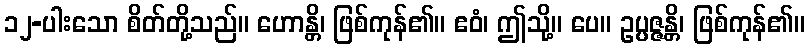
၁၂-ပါးသော စိတ်တို့သည်။ ဟောန္တိ၊ ဖြစ်ကုန်၏။ ဧဝံ၊ ဤသို့။ ပေ။ ဥပ္ပဇ္ဇန္တိ၊ ဖြစ်ကုန်၏။